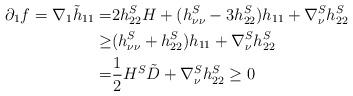
LaTeX: \begin{align*}\partial_1 f= \nabla_1 \tilde{h}_{11}=& 2h^S_{22}H +(h^S_{\nu \nu} -3 h^S_{22}) h_{11}+ \nabla_\nu^S h^S_{22} \\ \geq & (h^S_{\nu \nu} + h^S_{22}) h_{11} +\nabla_\nu^S h^S_{22} \\= & \frac{1}{2} H^S \tilde{D} +\nabla_\nu^S h^S_{22} \geq 0\end{align*}